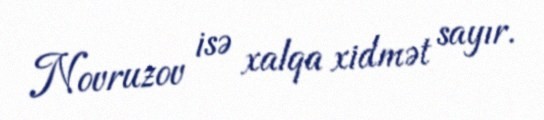
Novruzov isə xalqa xidmət sayır.